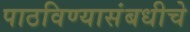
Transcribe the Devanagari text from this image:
पाठविण्यासंबधीचे